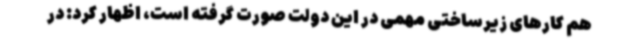
هم کارهای زیرساختی مهمی در این دولت صورت گرفته است، اظهار کرد: در